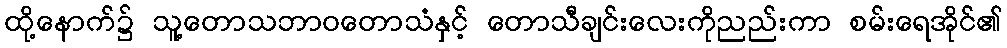
ထို့နောက်၌ သူ့တောသဘာဝတောသံနှင့် တောသီချင်းလေးကိုညည်းကာ စမ်းရေအိုင်၏